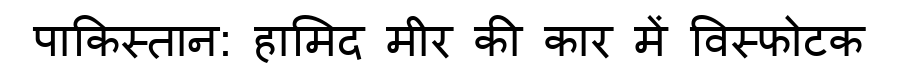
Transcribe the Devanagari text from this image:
पाकिस्तान: हामिद मीर की कार में विस्फोटक